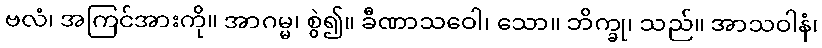
ဗလံ၊ အကြင်အားကို။ အာဂမ္မ၊ စွဲ၍။ ခီဏာသဝေါ၊ သော။ ဘိက္ခု၊ သည်။ အာသဝါနံ၊